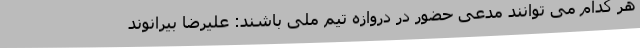
هر کدام می توانند مدعی حضور در دروازه تیم ملی باشند: علیرضا بیرانوند